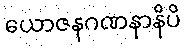
ယောဇနဂဏနာနိပိ